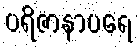
ပရိဇာနာပရေ